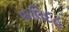
વાલિદહ